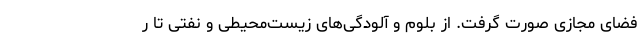
فضای مجازی صورت گرفت. از بلوم و آلودگی‌های زیست‌محیطی و نفتی تا ر